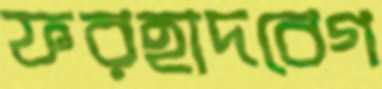
ফরহাদবেগ